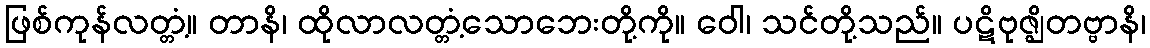
ဖြစ်ကုန်လတ္တံ့။ တာနိ၊ ထိုလာလတ္တံ့သောဘေးတို့ကို။ ဝေါ၊ သင်တို့သည်။ ပဋိဗုဇ္ဈိတဗ္ဗာနိ၊